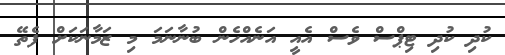
ކުދި ކުދި ޓިޕްސް ވެސް އެއީ އަނެއްހެން ބުނާނަމަ މި ޒަމާނަކަށް ފެތޭ